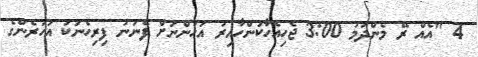
4 "އެއް ރޭ މެންދަމު 3:00 ޖެހިއެހާކަންހާއިރު އަހަންނަށް ފެނުނު ފިރިހެނަކު އަހަރެންގެ